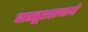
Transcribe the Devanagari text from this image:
वास्तूशास्त्राने